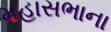
મહાસભાના